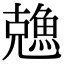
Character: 𠓈